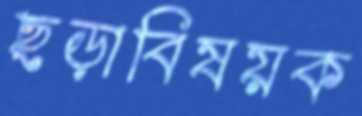
ছড়াবিষয়ক